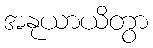
အနုယာယိတွာ